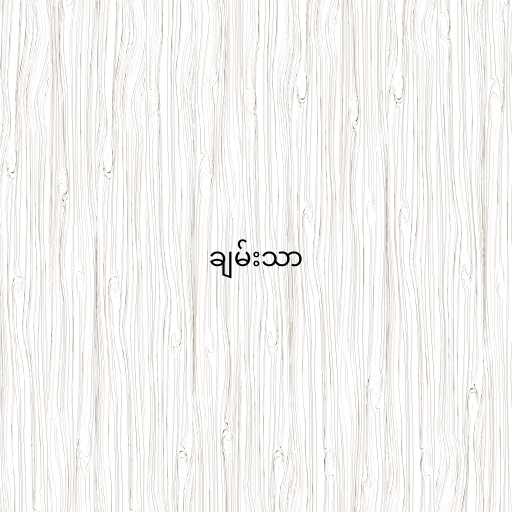
ချမ်းသာ